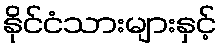
နိုင်ငံသားများနှင့်